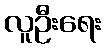
လူဦးရေး